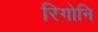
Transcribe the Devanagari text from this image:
रिगोनि